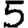
Digit: 5